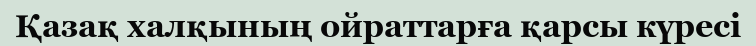
Қазақ халқының ойраттарға қарсы күресі